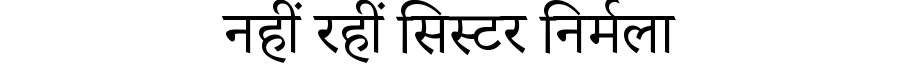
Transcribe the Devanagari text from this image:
नहीं रहीं सिस्टर निर्मला